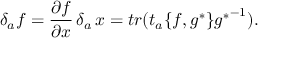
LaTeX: \delta _ { a } f = \frac { \partial f } { \partial x } \, \delta _ { a } \, x = t r ( t _ { a } \{ f , g ^ { * } \} { g ^ { * } } ^ { - 1 } ) .